Civil Veterinary Dept. Bombay admin report 1914-1922 - 1914-1922
Year: 1914
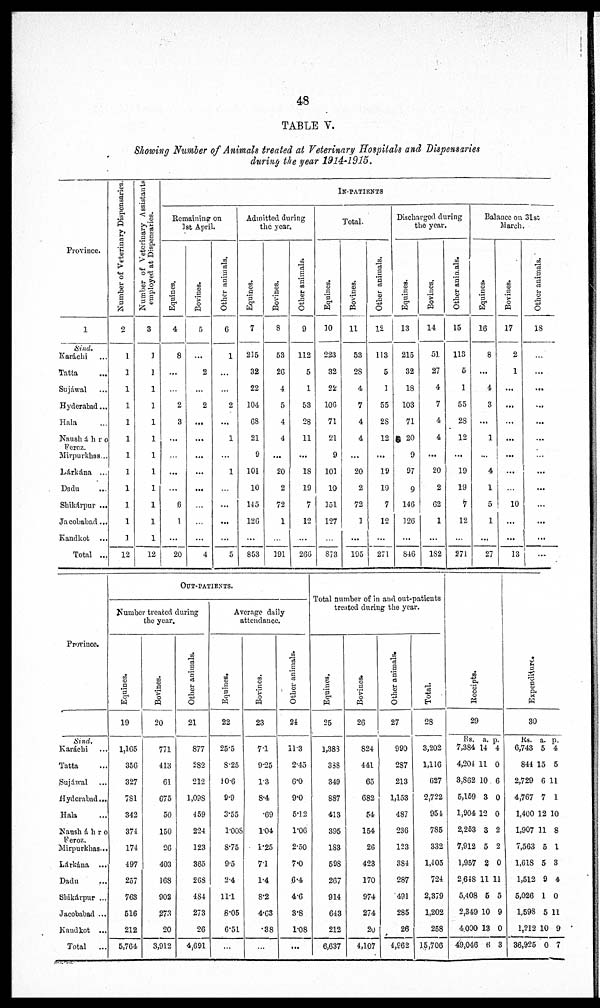
48
TABLE V.
Showing Number of Animals treated at Veterinary Hospitals and Dispensaries
during the year 1914-1915.
Province.
1
Sind.
Karáchi ...
Tatta …
Sujáwal …
Hyderabad ...
Hala ...
Nausháhro
Feroz.
Mirpurkhas ...
Lárkána
...
Dadu …
Shikárpur ...
Jacobabad ...
Kandkot ...
Total ...
Number of Veterinary Dispensaries.
2
1
1
1
1
1
1
1
1
1
1
1
1
12
Number of Veterinary Assistants
employed at Dispensaries.
3
3
1
1
1
1
1
1
1
1
1
1
1
12
IN-PATIENTS.
Remaining on
1st April.
Equines.
4
8
...
...
2
3
...
...
...
...
6
1
...
20
Bovines.
5
...
2
...
2
...
...
...
...
...
...
...
...
4
Other animals.
6
1
...
...
2
...
1
...
1
...
...
...
...
5
Admitted during
the year.
Equines.
7
215
32
22
104
68
21
9
101
10
145
126
...
853
Bovines.
8
53
26
4
5
4
4
...
20
2
72
1
...
191
Other animals.
9
112
5
1
53
28
11
...
18
19
7
12
...
266
Total.
Equines.
10
223
32
22
106
71
21
9
101
10
151
127
...
873
Bovines.
11
53
28
4
7
4
4
...
20
2
72
1
...
195
Other animals.
12
113
5
1
55
28
12
...
19
19
7
12
...
271
Discharged during
the year.
Equines.
13
215
32
18
103
71
20
9
97
9
146
126
...
846
Bovines.
14
51
27
4
7
4
4
...
20
2
62
1
...
182
Other animals.
15
113
5
1
55
28
12
...
19
19
7
12
...
271
Balance on 31st
March.
Equities.
16
8
...
4
3
...
1
...
4
1
5
1
...
27
Bovines.
17
2
1
...
...
...
...
...
...
...
10
...
...
13
Other animals.
18
...
...
…
...
...
...
...
...
...
...
...
...
...
Province.
Sind.
Karáchi ...
Tatta ...
Sujáwal ...
Hyderabad...
Hala ...
Nausháhro
Feroz.
Mirpurkhas...
Lárkána
...
Dadu ...
Shikárpur ...
Jacobabad ...
Kandkot ...
Total
...
OUT-PATIENTS.
Number treated during
the year.
Equines.
19
1,165
356
327
781
342
374
174
497
257
763
516
212
5,764
Bovines.
20
771
413
61
675
50
150
26
403
168
902
273
20
3,912
Other animals.
21
877
282
212
1,098
459
224
123
365
268
484
273
26
4,691
Average daily
attendance.
Equines.
22
25.5
8.25
10.6
9.9
3.55
1.008
8.75
9.5
2.4
11.1
6.05
6.51
...
Bovines.
23
7.1
9.25
1.3
8.4
.69
1.04
1.25
7.1
1.4
8.2
4.63
.38
...
Other animals.
24
11.3
2.45
6.0
9.0
5.12
1.06
2.50
7.0
6.4
4.6
3.8
1.08
...
Total number of in and out-patients
treated during the year.
Equines.
25
1,383
388
349
887
413
395
183
598
267
914
643
212
6,637
Bovines.
26
824
441
65
682
54
154
26
423
170
974
274
20
4,107
Other animals.
27
990
287
213
1,153
487
236
123
384
287
491
285
26
4,962
Total.
28
3,202
1,116
627
2,722
954
785
332
1,405
724
2,379
1,202
258
15,706
Receipts.
29
Rs.
7,384
4,204
3,862
5,169
1,904
2,253
7,912
1,957
2,648
5,408
2,349
4000
49,046
a.
14
11
10
3
12
3
5
2
11
5
10
13
6
p.
4
0
6
0
0
2
2
0
11
5
9
0
3
Expenditure.
30
Rs.
6,743
844
2,729
4,767
1,400
1,907
7,563
1,618
1,512
5,026
1,598
1,212
36,925
a.
5
15
6
7
12
11
5
5
9
1
5
10
0
p.
4
5
11
1
10
8
1
3
4
0
11
9
7